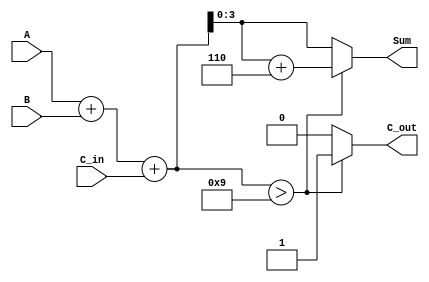
module BCD_Adder (
    input  wire [3:0] A,       // First BCD digit
    input  wire [3:0] B,       // Second BCD digit
    input  wire       C_in,     // Carry input
    output reg  [3:0] Sum,      // BCD result
    output reg       C_out       // Carry output
);

    wire [4:0] S;               // Intermediate sum (5 bits)
    
    // Step 1: Compute the initial sum
    assign S = A + B + C_in;

    // Step 2: Check if correction is needed
    always @(*) begin
        if (S > 9) begin
            // Correction needed
            Sum = S[3:0] + 4'b0110; // Add 6 to correct
            C_out = 1;              // Set carry out
        end else begin
            // No correction needed
            Sum = S[3:0];           // Take the lower 4 bits
            C_out = 0;              // No carry out
        end
    end

endmodule